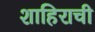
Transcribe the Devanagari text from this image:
शाहिराची